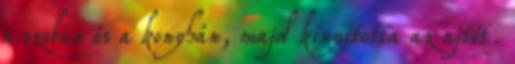
a szobán és a konyhán, majd kinyitotta az ajtót.